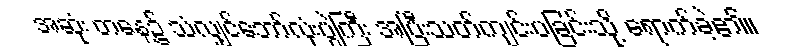
အဆုံး တနေ့၌ သံလျှင်ဘော်လုံးပွဲကြီး အပြီးသတ်ကျင်းပခြင်းသို့ ရောက်ခဲ့၏။